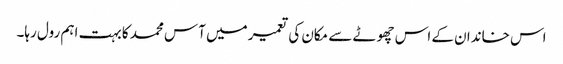
اس خاندان کے اس چھوٹے سے مکان کی تعمیر میں آس محمد کا بہت اہم رول رہا۔